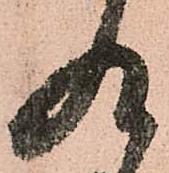
及